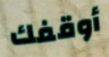
أوقفك